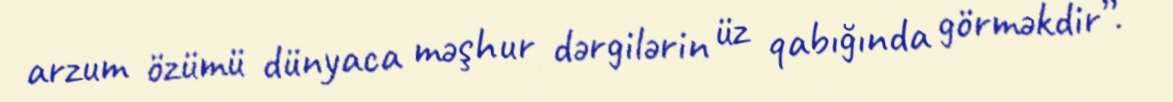
arzum özümü dünyaca məşhur dərgilərin üz qabığında görməkdir”.